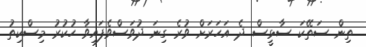
ތިން ސަތޭކަ ސާޅީސް ދެ އަހަރަށް ވުރެ ގިނަ ދުވަސްވެފައިވާ ހުކުރު މިސްކިތު